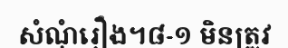
សំណុំរឿង។៨-១ មិនត្រូវ